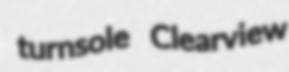
turnsole Clearview